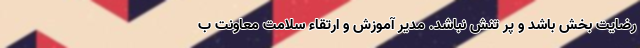
رضایت بخش باشد و پر تنش نباشد. مدیر آموزش و ارتقاء سلامت معاونت ب